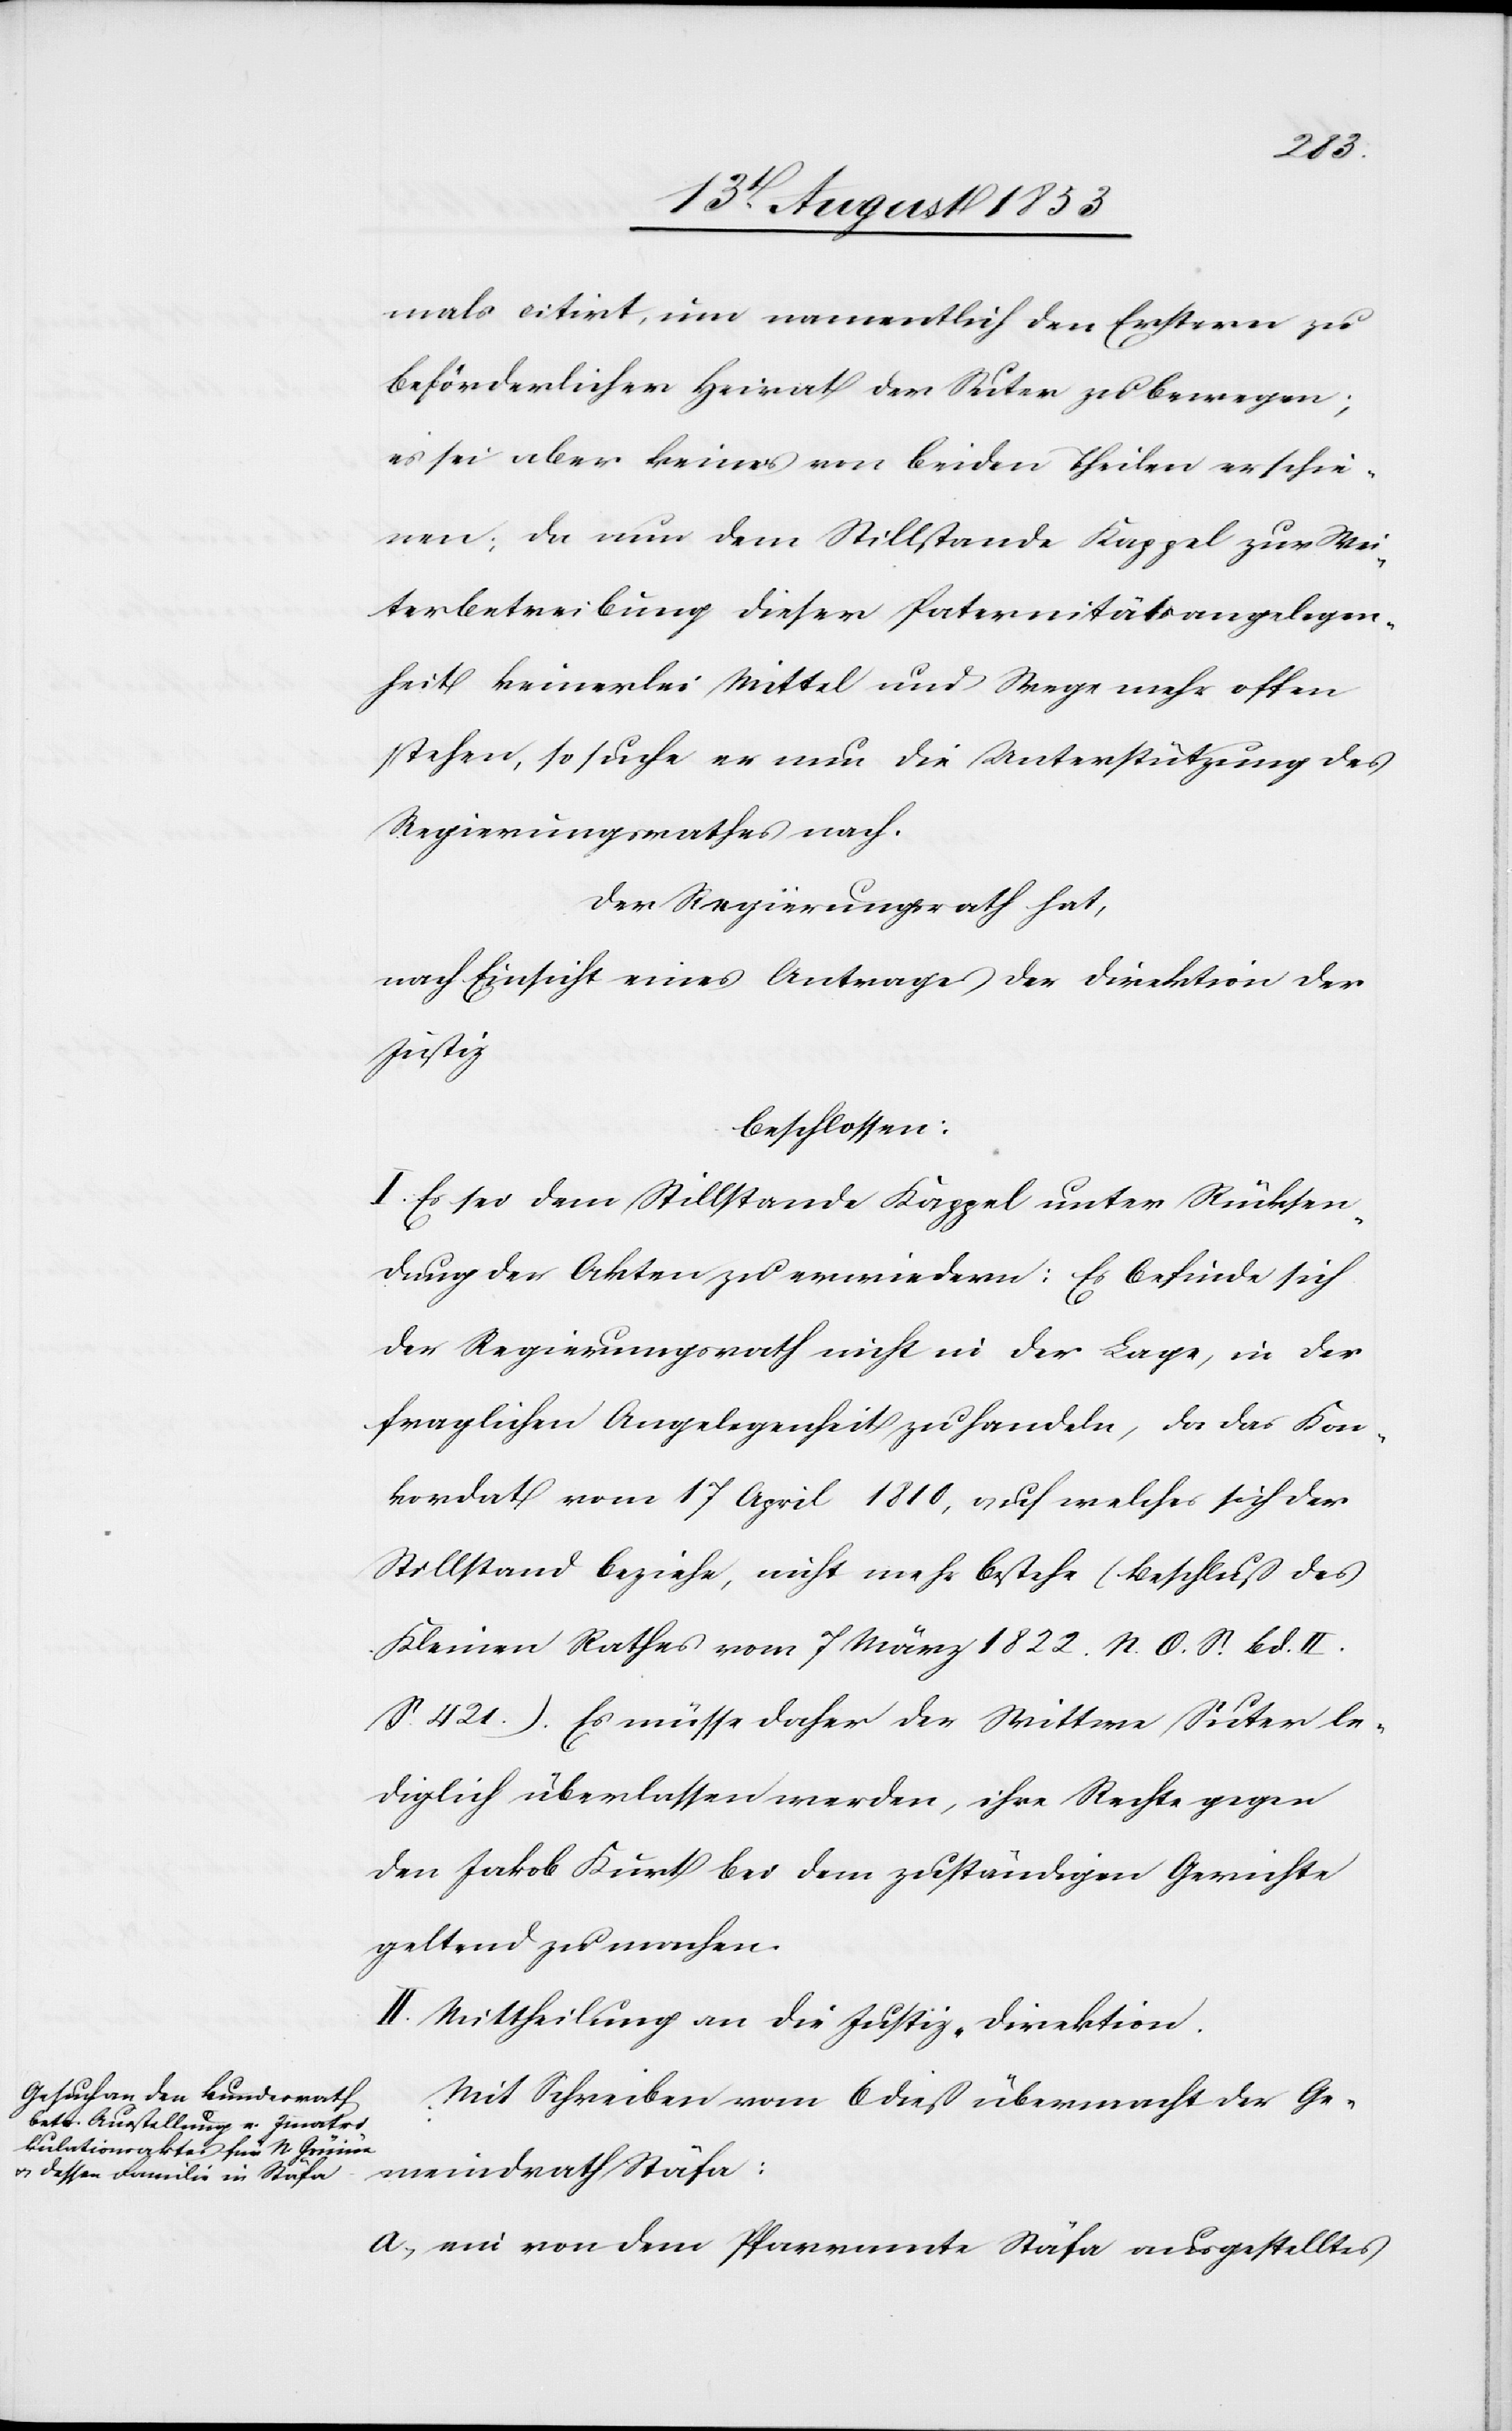
mals citirt, um namentlich den Erstern zu
beförderlicher Heirat der Suter zu bewegen;
es sei aber keines von beiden Theilen erschie¬
nen; da nun dem Stillstande Kappel zur Wei¬
terbetreibung dieser Paternitätsangelegen¬
heit keinerlei Mittel und Wege mehr offen
stehen, so suche er nun die Unterstützung des
Regierungsrathes nach.
Der Regierungsrath hat,
nach Einsicht eines Antrages der Direktion der
Justiz
beschlossen:
I. Es sei dem Stillstande Kappel unter Rücksen¬
dung der Akten zu erwiedern: Es befinde sich
der Regierungsrath nicht in der Lage, in der
fraglichen Angelegenheit zu handeln, da das Kon¬
kordat vom 17 April 1810, auf welches sich der
Stillstand beziehe, nicht mehr bestehe (Beschluß des
Kleinen Rathes vom 7 März 1822. N. O. S. Bd. II.
S. 421). Es müsse daher der Wittwe Suter le¬
diglich überlassen werden, ihre Rechte gegen
den Jakob Kurt bei dem zuständigen Gerichte
geltend zu machen.
II. Mittheilung an die Justiz-Direktion.
Mit Schreiben vom 6 dieß übermacht der Ge¬
meindrath Stäfa:
a, ein von dem Pfarramte Stäfa ausgestelltes